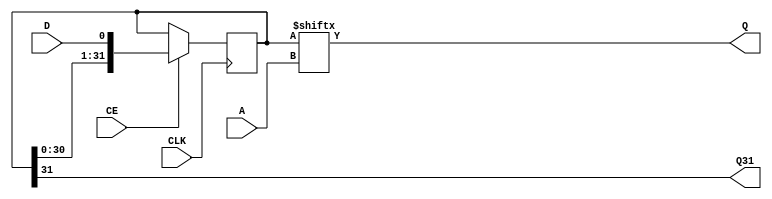
// This program was cloned from: https://github.com/fredrequin/verilator_xilinx
// License: BSD 2-Clause "Simplified" License

`ifdef verilator3
`else
`timescale 1 ps / 1 ps
`endif
//
// SRLC32E primitive for Xilinx FPGAs
// Compatible with Verilator tool (www.veripool.org)
// Copyright (c) 2019-2022 Frdric REQUIN
// License : BSD
//

/* verilator coverage_off */
module SRLC32E
#(
    parameter [31:0] INIT = 32'h0,
    parameter  [0:0] IS_CLK_INVERTED = 1'b0
)
(
    // Clock
    input  wire       CLK,
    // Clock enable
    input  wire       CE,
    // Bit output position
    input  wire [4:0] A,
    // Data in
    input  wire       D,
    // Data out
    output wire       Q,
    // Cascading data out
    output wire       Q31
);
    
    // 32-bit shift register
    reg  [31:0] _r_srl;
    
    // Power-up value
    initial begin
        _r_srl = INIT;
    end
    
    // Shifter logic
    generate
        if (IS_CLK_INVERTED) begin : GEN_CLK_NEG
            always @(negedge CLK) begin : SHIFTER_32B
            
                if (CE) begin
                    _r_srl <= { _r_srl[30:0], D };
                end
            end
        end
        else begin : GEN_CLK_POS
            always @(posedge CLK) begin : SHIFTER_32B
            
                if (CE) begin
                    _r_srl <= { _r_srl[30:0], D };
                end
            end
        end
    endgenerate
    
    // Data out
    assign Q   = _r_srl[A];
    
    // Cascading data out
    assign Q31 = _r_srl[31];

endmodule
/* verilator coverage_on */